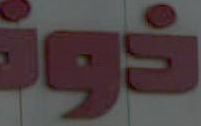
ذونـ